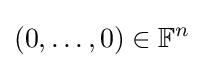
(0,\dots ,0)\in \mathbb {F} ^{n}